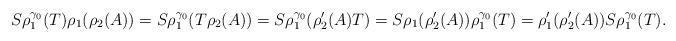
LaTeX: \begin{align*}S\rho_1^{\gamma_0}(T)\rho_1(\rho_2(A))=S\rho_1^{\gamma_0}(T\rho_2(A))=S\rho_1^{\gamma_0}(\rho_2'(A)T)=S\rho_1(\rho_2'(A))\rho_1^{\gamma_0}(T)=\rho_1'(\rho_2'(A)) S\rho_1^{\gamma_0}(T).\end{align*}